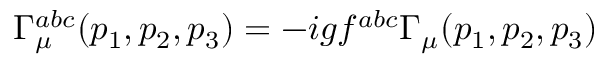
\Gamma _ { \mu } ^ { a b c } ( p _ { 1 } , p _ { 2 } , p _ { 3 } ) = - i g f ^ { a b c } \Gamma _ { \mu } ( p _ { 1 } , p _ { 2 } , p _ { 3 } )